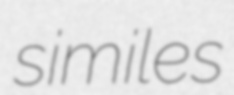
similes